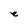
Character: e